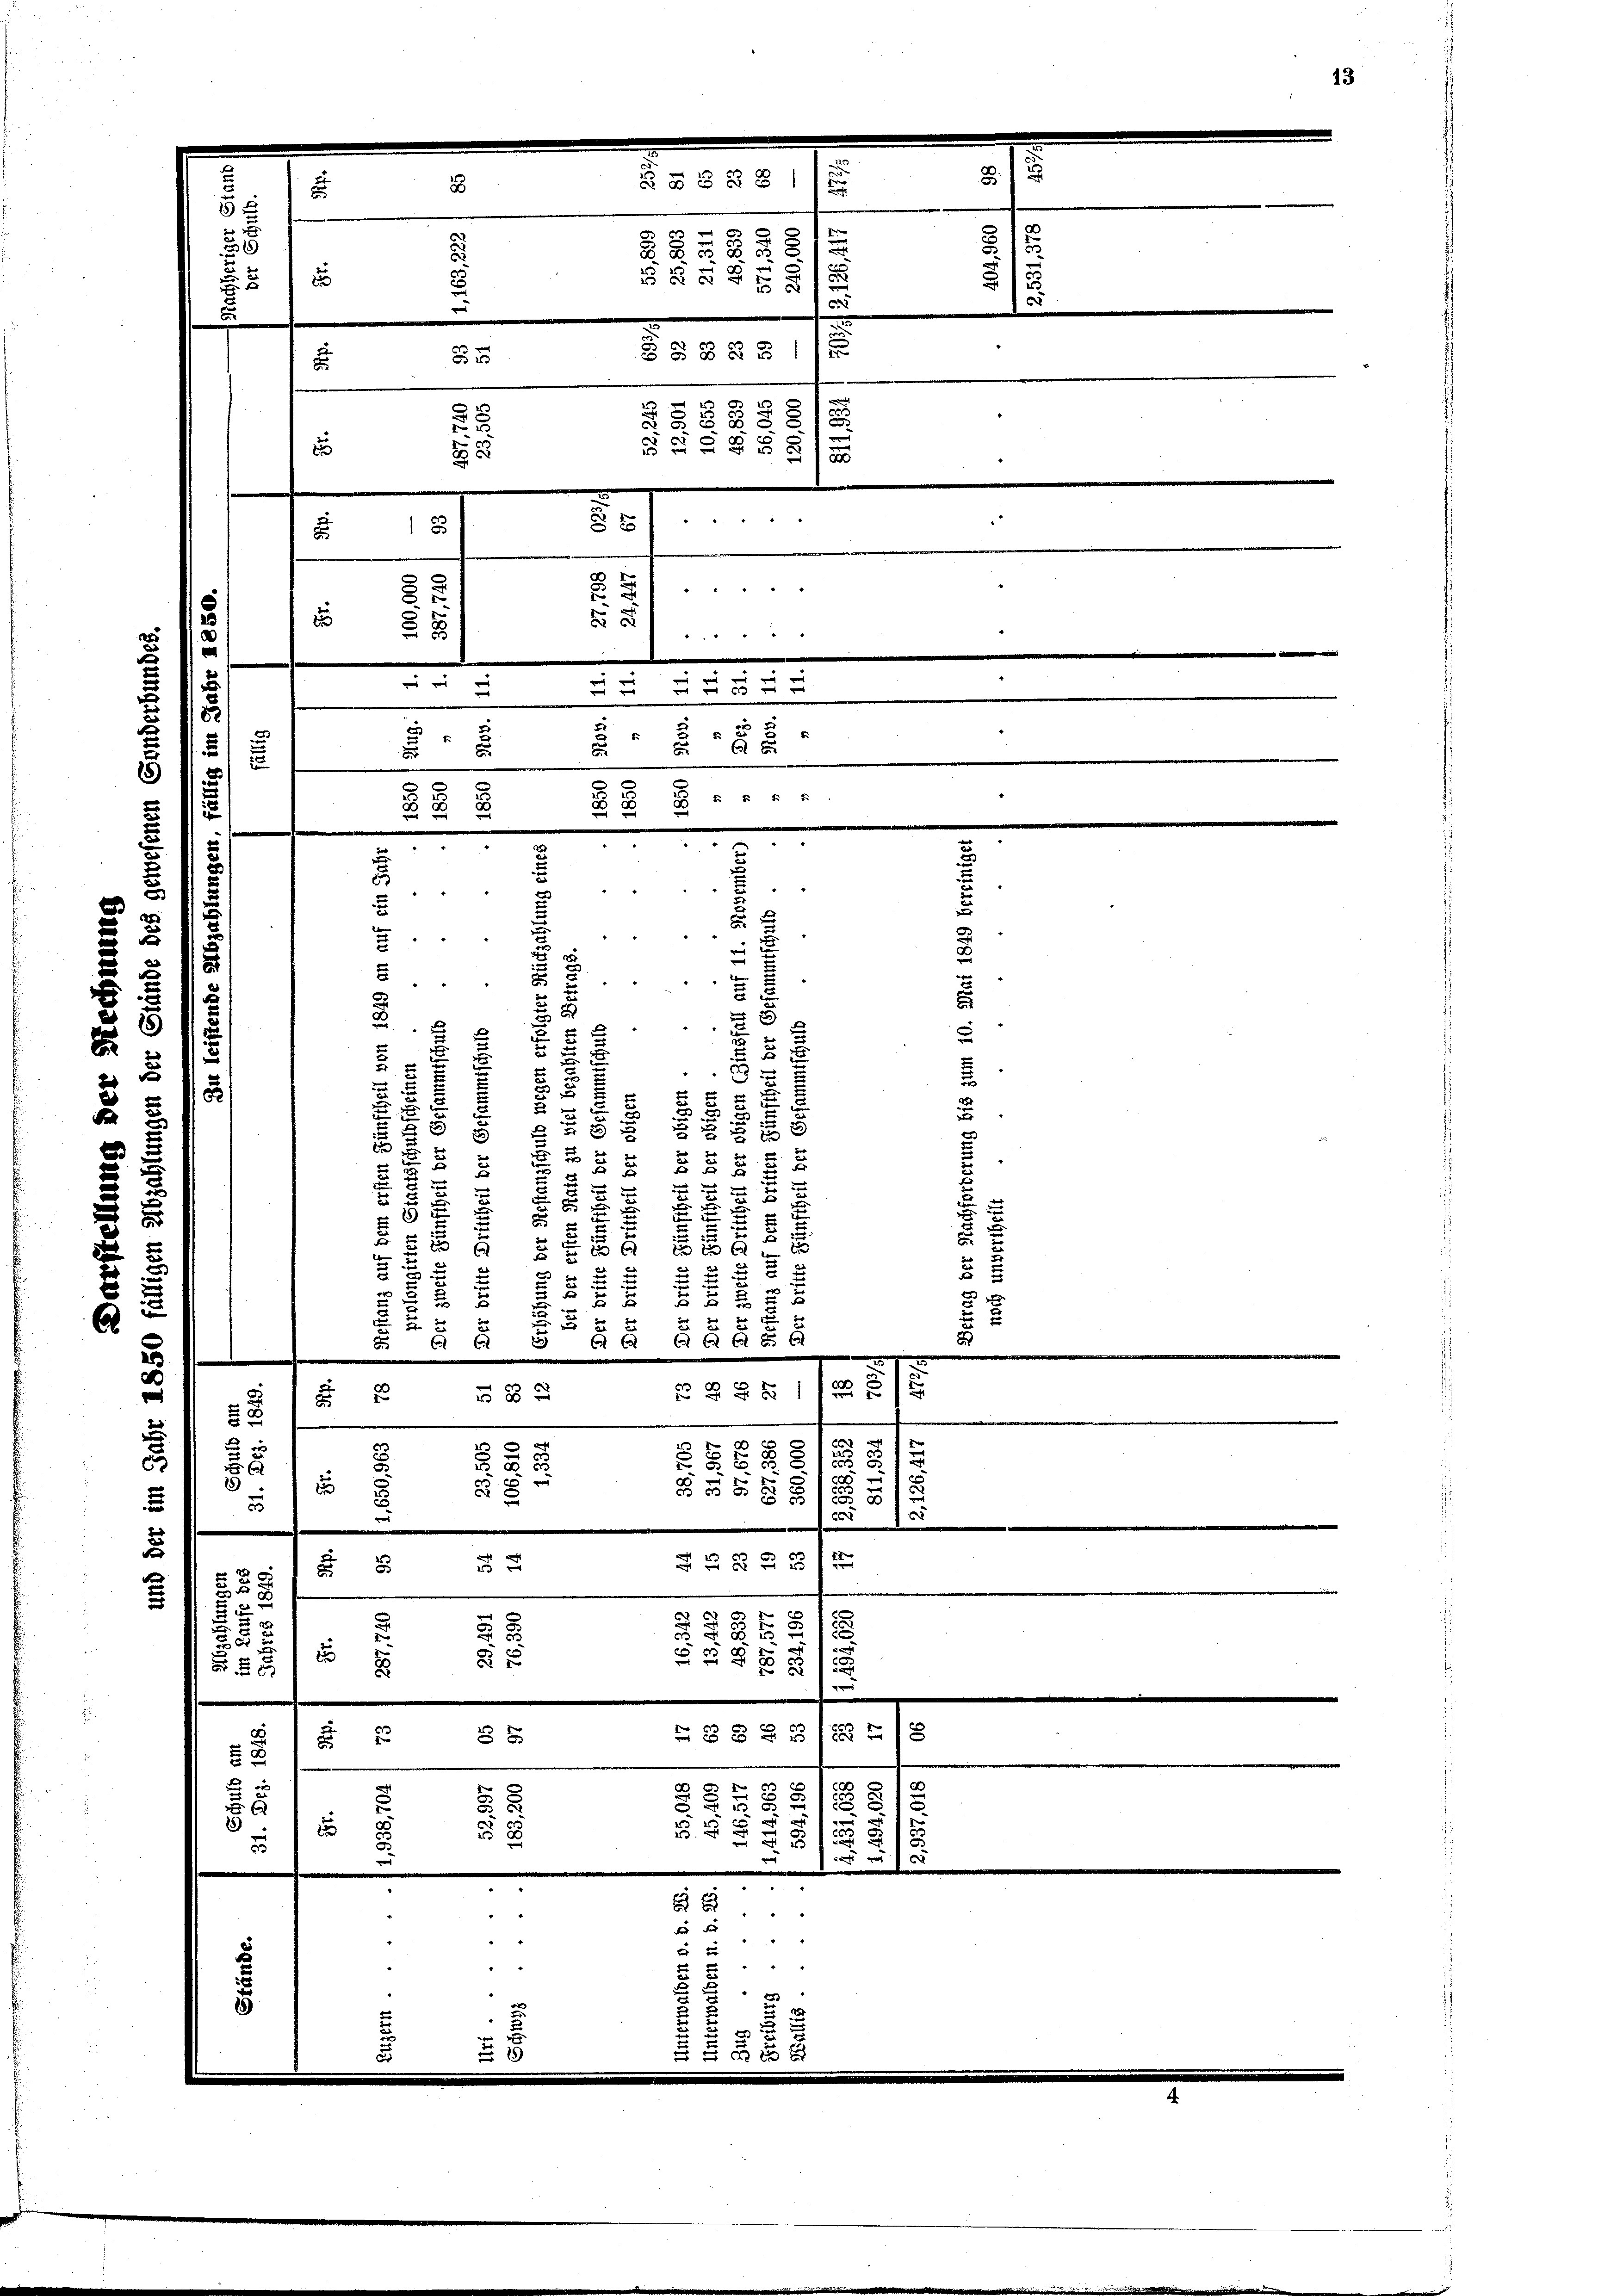
6
d
u

u
§§ §§ 8 1/
5
d

15
s
1
3
 8 2
s
38
2 f 5 xx
.
u
e
c
E
e
§§ 8 § 31.
.
.
e
4

2
.
58
25 x

e
.
 xx
2
55
2

4
E
18
2
 0 f 0 x
8.
2
5
.
6
2
.
2
2
E
 55 x
2
5
 0 x
.
.
e
“
h
.
.
" "
.
¬
s
f
24
u
.
.
4
"
2
e
.
25
d
" "
u
u
.
e
e
u
u

5
d
5
u
u
5
2
u
1

F
2
s

e
2
 " " " " 4
2
5
2
55

i
2
u
.
3
s
F
5
u
F
5
u
u
x
e
u
2

4
B
2

2
f 2 x
 x
2
u
8
2
u
x
e
.
d
2
u

5
e
u
|
u
22 x
 xx
d
 A S AG AAGg G
2
.
2
x
§ § 281
s
d
.
u

.
.
und
e
c
x
1
d
 25
u
E
u
d
2
e
u
 0 x
.
e
e
77
8 x 2
u
u
5
e
u
e
26
8

¬

.

e
2 x
 8
e 2 S. 5 § 122
5
r
e
28 x
 xx
8
5 x
d
8 x
s

u
G
d S. 1
x
.
.
C

r
u
6
2 x

§ 1539
u
B
f
.
.
" " " "
1

" "
""

"
 x

4